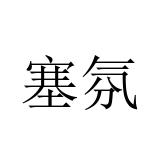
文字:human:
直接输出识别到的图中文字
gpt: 塞氛